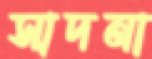
সাদনা